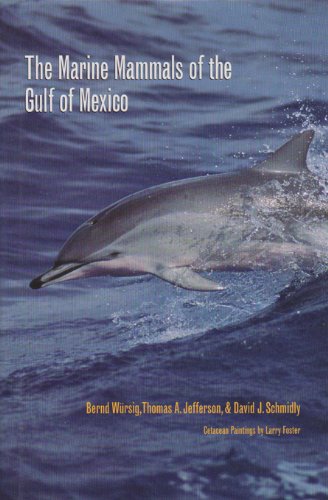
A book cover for The Marine Mammals of the Gulf of Mexico (W. L. Moody Jr. Natural History Series); Bernd Wursig; Sports & Outdoors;